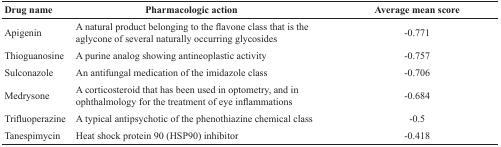
| Drug name | Pharmacologic action | Average mean score |
 | --- | --- | --- |
 | Apigenin | A natural product belonging to the flavone class that is the aglycone of several naturally occurring glycosides | −0.771 |
 | Thioguanosine | A purine analog showing antineoplastic activity | −0.757 |
 | Sulconazole | An antifungal medication of the imidazole class | −0.706 |
 | Medrysone | A corticosteroid that has been used in optometry, and in ophthalmology for the treatment of eye inflammations | −0.684 |
 | Trifluoperazine | A typical antipsychotic of the phenothiazine chemical class | −0.5 |
 | Tanespimycin | Heat shock protein 90 (HSP90) inhibitor | −0.418 |